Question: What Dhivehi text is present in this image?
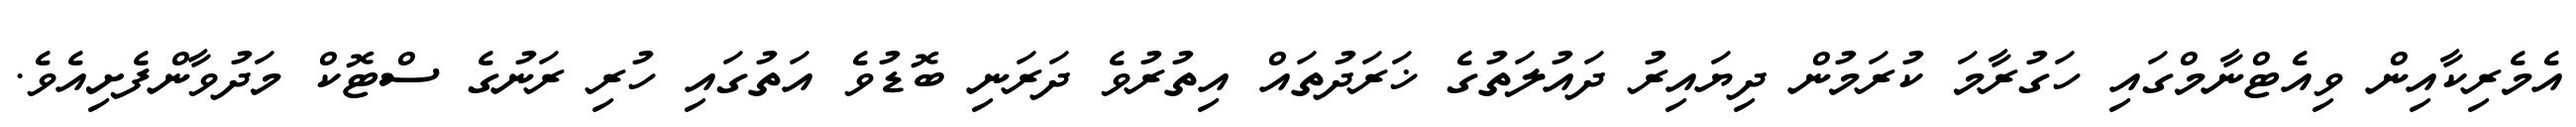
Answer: އެމެރިކާއިން ވިއެޓްނާމްގައި ހަގުރާމަ ކުރަމުން ދިޔައިރު ދައުލަތުގެ ޚަރަދުތައް އިތުރުވެ ދަރަނި ބޮޑުވެ އަތުގައި ހުރި ރަނުގެ ސްޓޮކް މަދުވާންފެށިއެވެ.